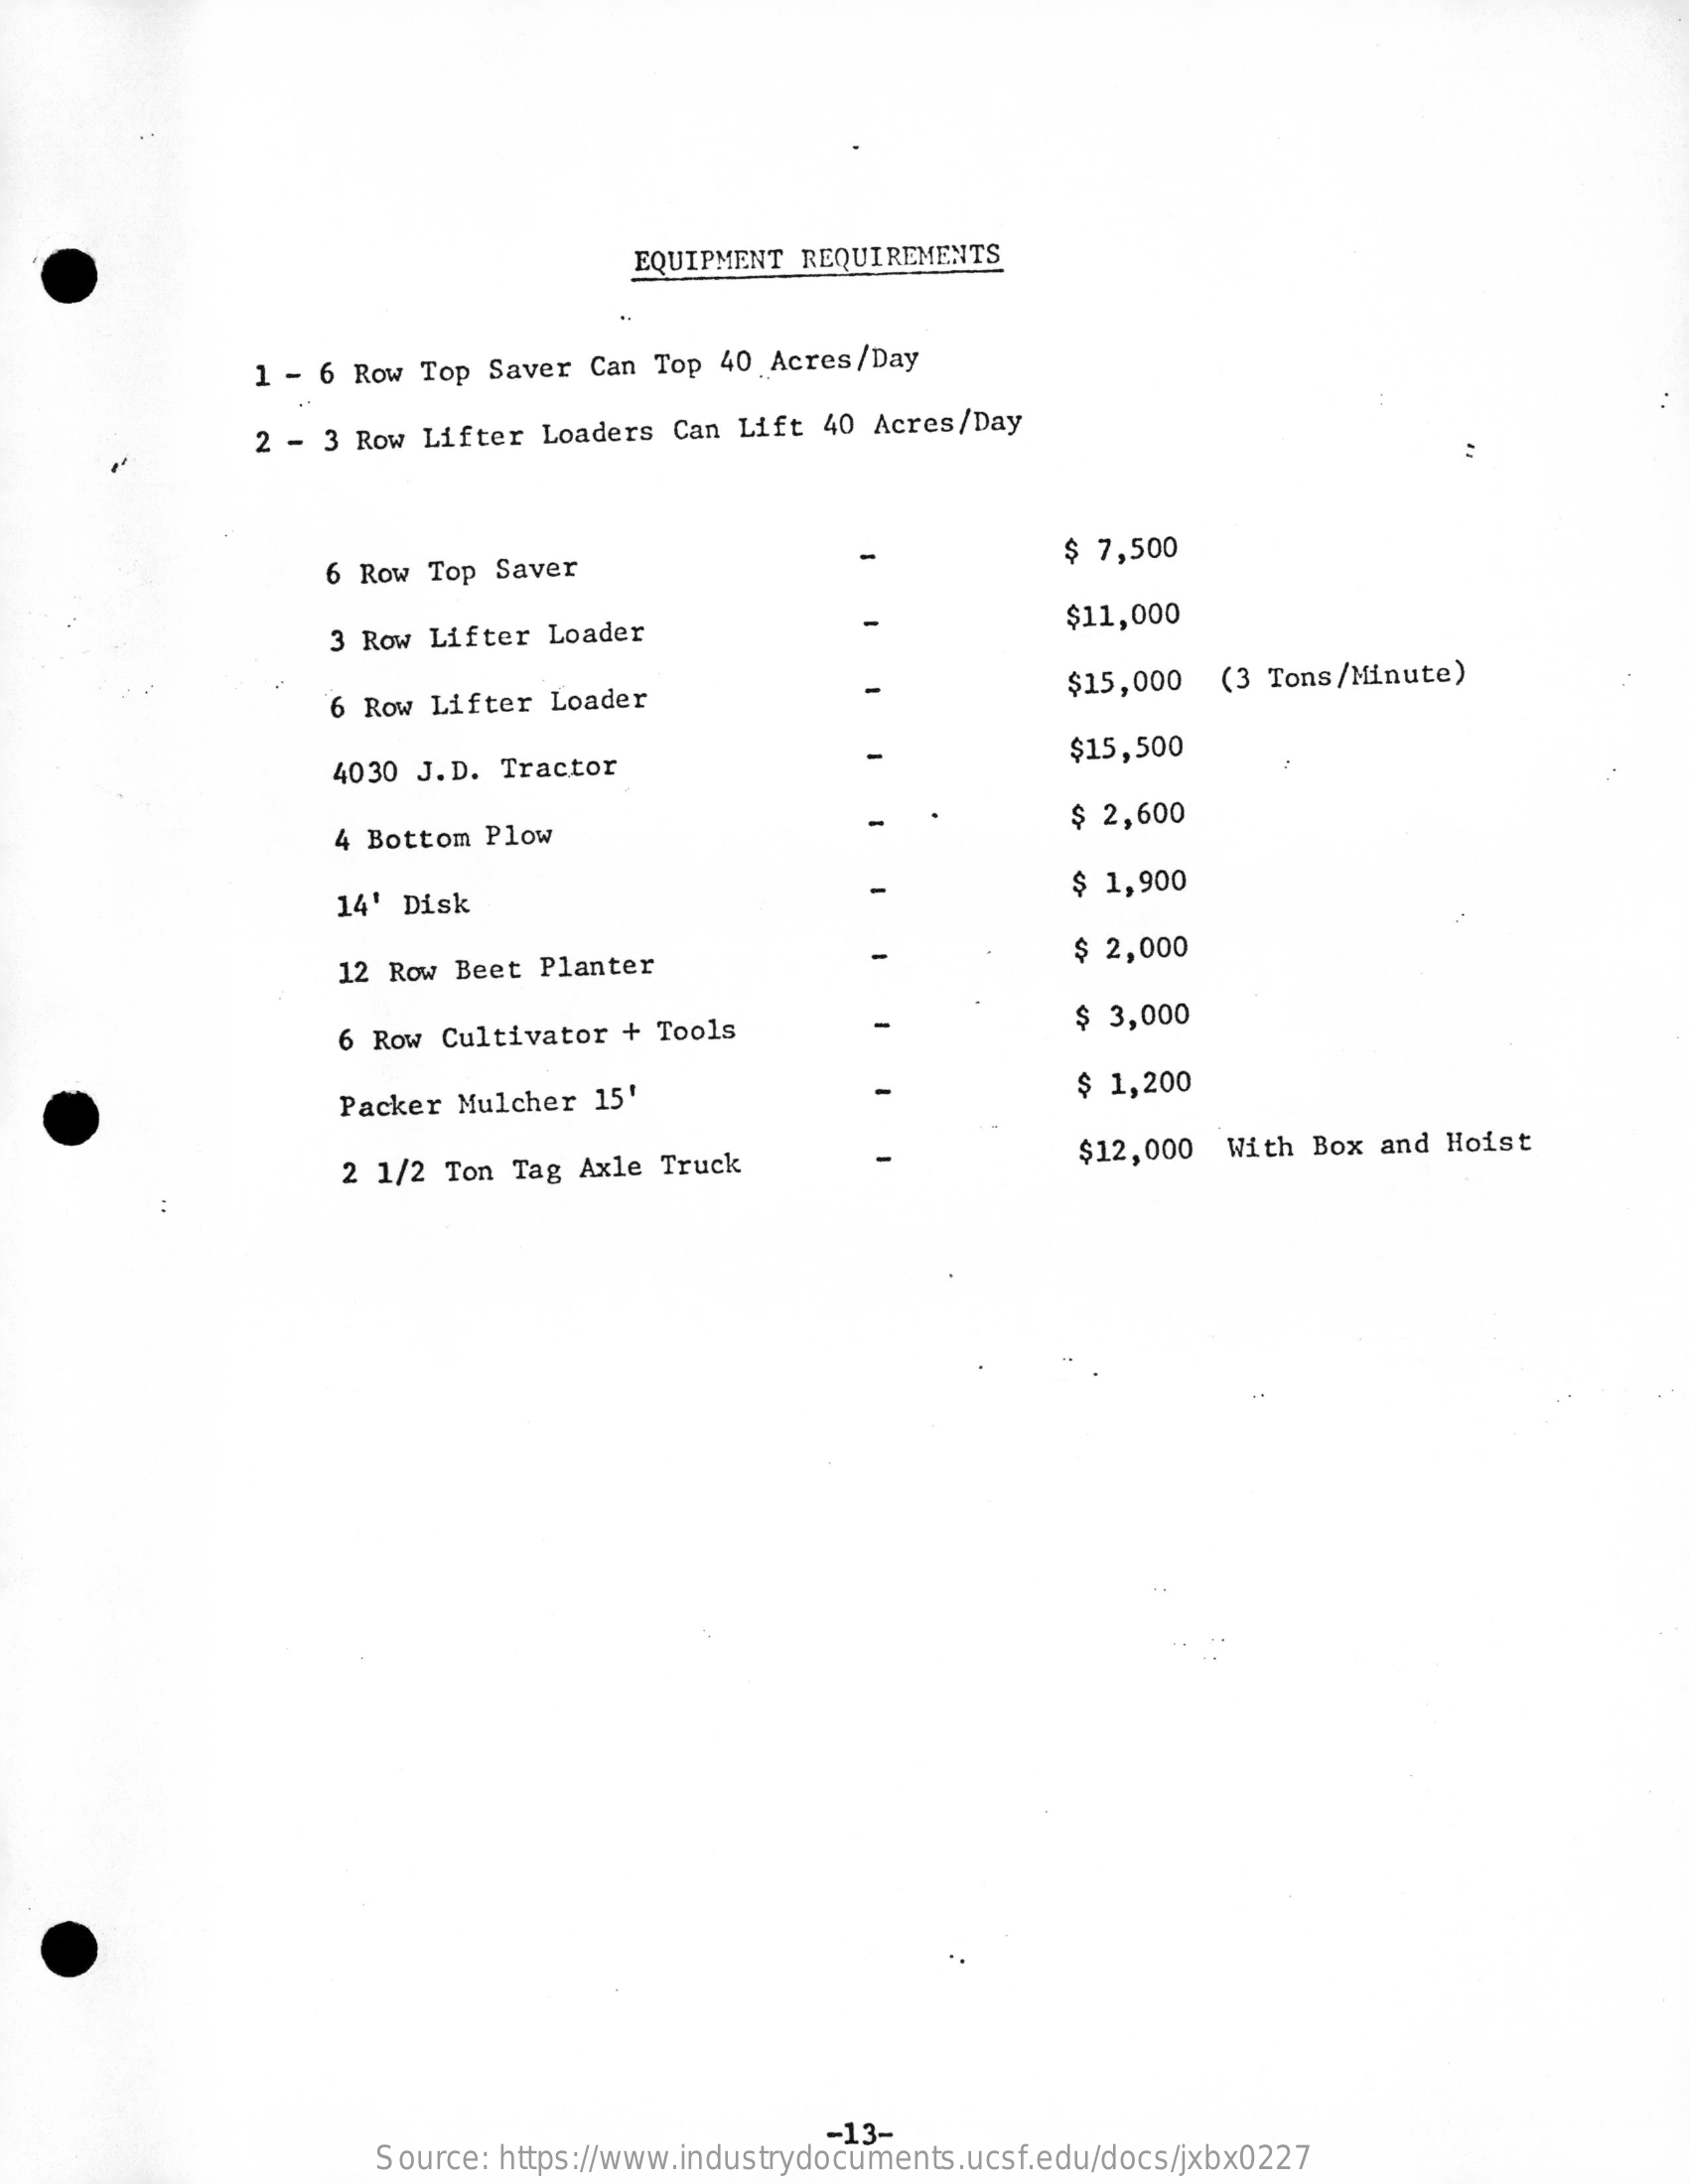
EQUIPMENT  REQUIREMENTS
     1 - 6 Row  Top Saver Can  Top 40 Acres/Day
     2 - 3 Row Lifter Loaders  Can Lift 40 Acres/Day
     6 Row Top Saver
     $ 7,500
     3 Row Lifter  Loader
     $11,000
     6 Row Lifter  Loader
     $15,000  (3 Tons/Minute)
     4030 J.D.  Tractor
     $15,500
     4 Bottom  Plow
     $ 2,600
     14'  Disk
     $ 1,900
     12 Row Beet Planter    $ 2,000
     6 Row Cultivator  + Tools    $ 3,000
     Packer Mulcher  15'    $ 1,200
     2 1/2 Ton Tag  Axle Truck    $12,000  With  Box and Hoist
     Source: https://www.industrydocuments.ucsf.edu/docs/jxbx0227
     -13-